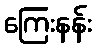
ကြေးနန်း